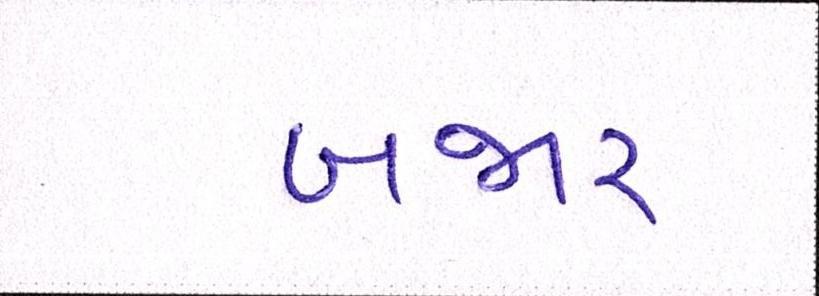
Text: બજાર